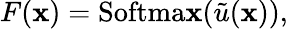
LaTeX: F(\mathbf{x})=\mathrm{{Softma\mathbf{x}}}(\tilde{{u}}(\mathbf{x})),